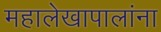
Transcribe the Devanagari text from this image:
महालेखापालांना